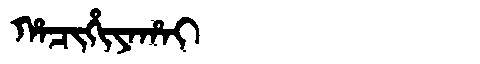
Manchu: ᡥᠠᠴᡳᡥᡳᠶᠠᡥᠠᡳ
Romanization: HACIHIYAHAI